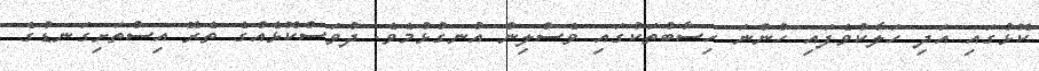
ކޮޅުގައި އަދި ހަލާކުވެފައި ހުންނަ ހިސާބުތަކުގައި ވެސްލިން އުނގުޅުމެވެ. ދުވަސްކޮޅެއްގެ ތެރޭ އިސްތަށިގަނޑުގެ